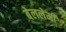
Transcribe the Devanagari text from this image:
बेललेमी